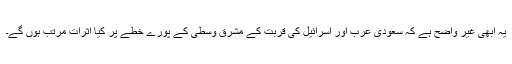
یہ ابھی غیر واضح ہے کہ سعودی عرب اور اسرائیل کی قربت کے مشرق وسطٰی کے پورے خطے پر کیا اثرات مرتب ہوں گے۔